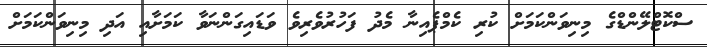
ސްކޮޓްލޭންޑްގެ މިނިވަންކަމަށް ކުރި ކެމްޕެއިނާ މެދު ފަހުރުވެރިވެ ވަޑައިގަންނަވާ ކަމަށާއި އަދި މިނިވަންކަމަށް